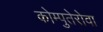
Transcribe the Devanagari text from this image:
कोम्पुतेरोवा